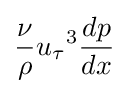
{\frac {\nu }{\rho }}{u_{\tau }}^{3}{\frac {dp}{dx}}